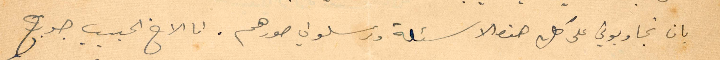
ان تجيبوني على كل هذه الأسئلة وترسلو لي صورهم. اما الأخ الحبيب جورج